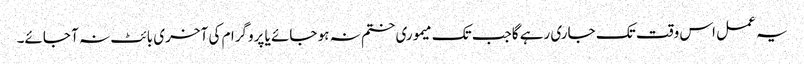
یہ عمل اس وقت تک جاری رہے گاجب تک میموری ختم نہ ہو جائے یا پروگرام کی آخری بائٹ نہ آ جائے۔